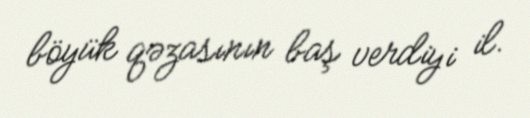
böyük qəzasının baş verdiyi il.